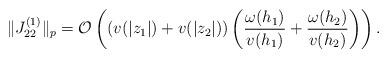
LaTeX: \begin{align*}\Vert J_{22}^{(1)}\Vert _{p}=\mathcal{O}\left( (v(|z_{1}|)+v(|z_{2}|))\left( \frac{\omega (h_{1})}{v(h_{1})}+\frac{\omega (h_{2})}{v(h_{2})}\right)\right) . \end{align*}